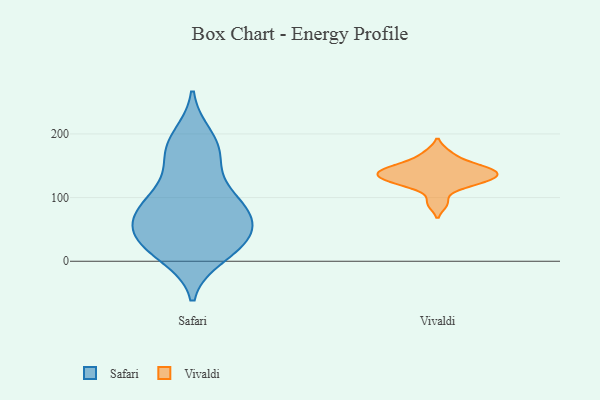
{"axis": {"x": "Temperature (°C)", "y": "Value"}, "legend": ["Safari", "Vivaldi"], "data": [{"x": "", "y": 195, "type": "Safari"}, {"x": "", "y": 75, "type": "Safari"}, {"x": "", "y": 167, "type": "Safari"}, {"x": "", "y": 109, "type": "Safari"}, {"x": "", "y": 41, "type": "Safari"}, {"x": "", "y": 27, "type": "Safari"}, {"x": "", "y": 73, "type": "Safari"}, {"x": "", "y": 38, "type": "Safari"}, {"x": "", "y": 88, "type": "Safari"}, {"x": "", "y": 23, "type": "Safari"}, {"x": "", "y": 181, "type": "Safari"}, {"x": "", "y": 164, "type": "Safari"}, {"x": "", "y": 25, "type": "Safari"}, {"x": "", "y": 73, "type": "Safari"}, {"x": "", "y": 64, "type": "Safari"}, {"x": "", "y": 10, "type": "Safari"}, {"x": "", "y": 103, "type": "Safari"}, {"x": "", "y": 153, "type": "Vivaldi"}, {"x": "", "y": 149, "type": "Vivaldi"}, {"x": "", "y": 170, "type": "Vivaldi"}, {"x": "", "y": 123, "type": "Vivaldi"}, {"x": "", "y": 136, "type": "Vivaldi"}, {"x": "", "y": 142, "type": "Vivaldi"}, {"x": "", "y": 139, "type": "Vivaldi"}, {"x": "", "y": 119, "type": "Vivaldi"}, {"x": "", "y": 127, "type": "Vivaldi"}, {"x": "", "y": 136, "type": "Vivaldi"}, {"x": "", "y": 91, "type": "Vivaldi"}]}